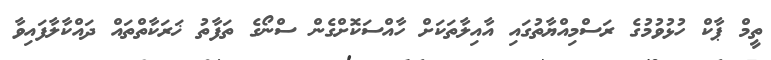
ތީމް ޕާކް ހުޅުވުމުގެ ރަސްމިއްޔާތުގައި އާއިލާތަކަށް ހާއްސަކޮށްގެން ސްނޯގެ ތަފާތު ޚަރަކާތްތައް ދައްކާލާފައިވާ